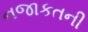
નજાકતની